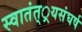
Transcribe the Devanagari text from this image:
स्वातंत््रयसंघर्ष